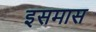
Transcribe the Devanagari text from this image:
इसमास